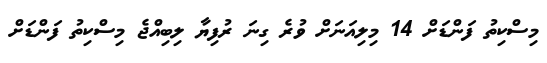
މިސްކިތު ފަންޑަށް 14 މިލިއަނަށް ވުރެ ގިނަ ރުފިޔާ ލިބިއްޖެ މިސްކިތު ފަންޑަށް